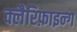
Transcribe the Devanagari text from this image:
क्लैरिफ़ाइन्ग